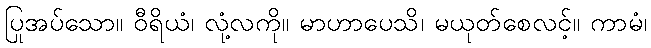
ပြုအပ်သော။ ဝီရိယံ၊ လုံ့လကို။ မာဟာပေသိ၊ မယုတ်စေလင့်။ ကာမံ၊